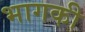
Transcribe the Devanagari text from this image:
भागकी